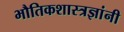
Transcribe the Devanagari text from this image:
भौतिकशास्त्रज्ञांनी